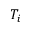
T _ { i }